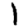
Digit: 1